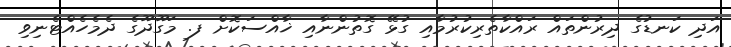
އަދި ކަނޑުގެ ދިރުންތައް ރައްކާތެރިކުރުމާއި ގުޅޭ ގޮތުންނާއި ޚާއްސަކޮށް ފ. މަގޫދޫގެ ދެމެހެއްޓެނިވި